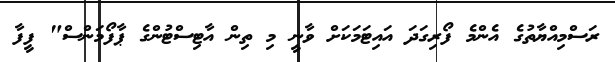
ރަސްމިއްޔާތުގެ އެންމެ ފޯރިގަދަ އައިޓަމަކަށް ވާނީ މި ތިން އާޓިސްޓުންގެ ޕާފޯމަންސް" ފީފާ